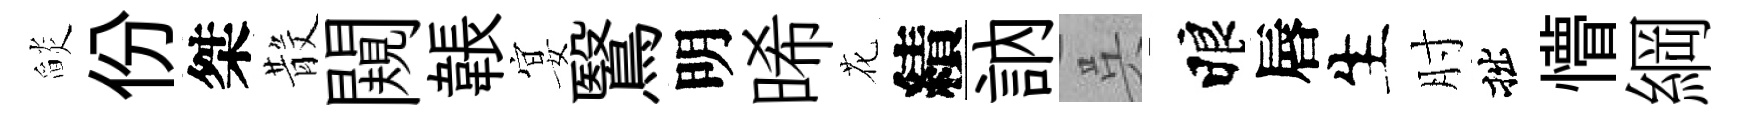
𦦨份桀𣪚闚韔宴鷖明晞花績訥呉睱唇生肘拙懵綱